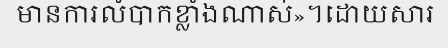
មានការលំបាកខ្លាំងណាស់»។ដោយសារ